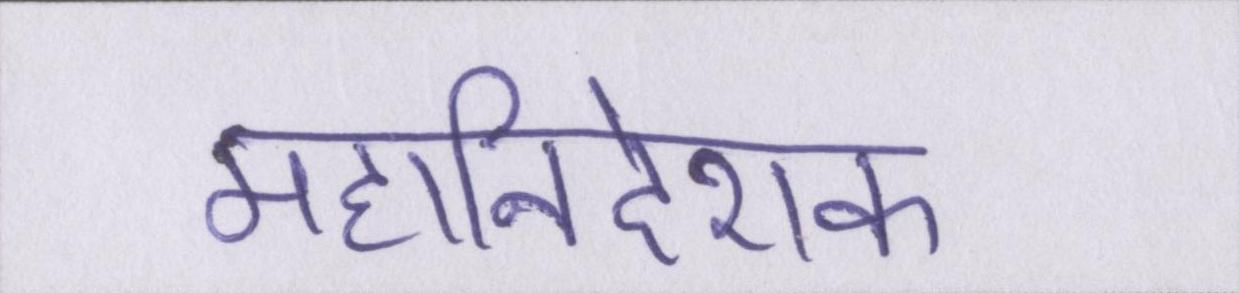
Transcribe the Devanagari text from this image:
महानिदेशक